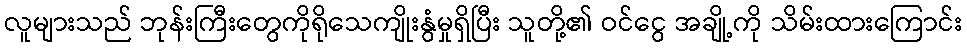
လူများသည် ဘုန်းကြီးတွေကိုရိုသေကျိုးနွံမှုရှိပြီး သူတို့၏ ဝင်ငွေ အချို့ကို သိမ်းထားကြောင်း